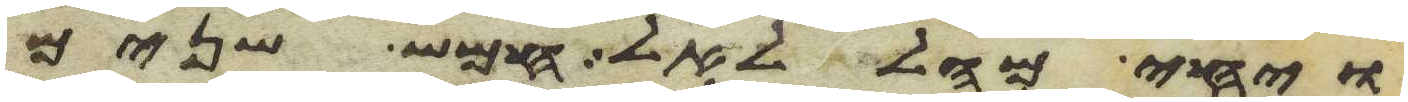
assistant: ויחי מהללאל חמש שנים